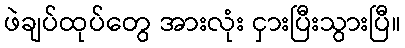
ဖဲချပ်ထုပ်တွေ အားလုံး ငှားပြီးသွားပြီ။